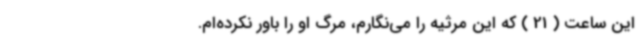
این ساعت ( 21 ) که این مرثیه را می‌نگارم، مرگ او را باور نکرده‌ام.